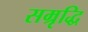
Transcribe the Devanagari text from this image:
सम्रृद्धि